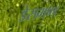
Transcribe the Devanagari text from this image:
डेसमण्ड